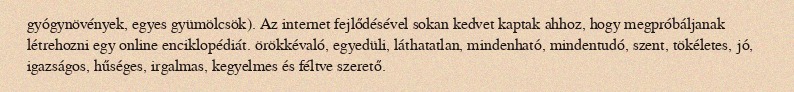
gyógynövények, egyes gyümölcsök). Az internet fejlődésével sokan kedvet kaptak ahhoz, hogy megpróbáljanak létrehozni egy online enciklopédiát. örökkévaló, egyedüli, láthatatlan, mindenható, mindentudó, szent, tökéletes, jó, igazságos, hűséges, irgalmas, kegyelmes és féltve szerető.